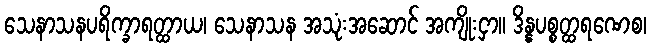
သေနာသနပရိက္ခာရတ္ထာယ၊ သေနာသန အသုံးအဆောင် အကျိုးငှာ။ ဒိန္နပစ္စတ္ထရဏေစ၊